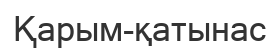
Қарым-қатынас